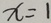
x = 1